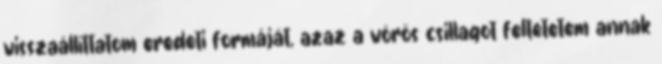
visszaállíttatom eredeti formáját, azaz a vörös csillagot feltetetem annak